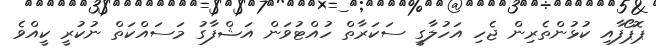
ޕޮޕޯފާއި ކުޅުންތެރިން ޖެހި އަހުލާގީ ސަކަރާތް ހުއްޓުވަން އަޝްފާގު މަސައްކަތް ނުކުރީ ކީއްވެ